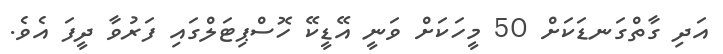
އަދި ގާތްގަނޑަކަށް 50 މީހަކަށް ވަނީ އޭޑީކޭ ހޮސްޕިޓަލްގައި ފަރުވާ ދީފަ އެވެ.